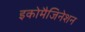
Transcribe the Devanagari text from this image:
इकोमैजिनेशन